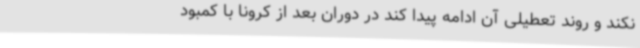
نکند و روند تعطیلی آن ادامه پیدا کند در دوران بعد از کرونا با کمبود